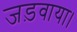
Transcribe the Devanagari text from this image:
जड़वाया।